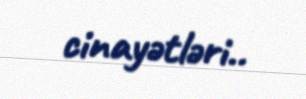
cinayətləri..